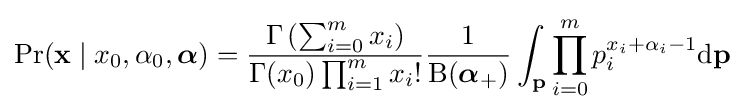
\Pr(\mathbf {x} \mid x_{0},\alpha _{0},{\boldsymbol {\alpha }})={\frac {\Gamma \left(\sum _{i=0}^{m}{x_{i}}\right)}{\Gamma (x_{0})\prod _{i=1}^{m}x_{i}!}}{\frac {1}{\mathrm {B} ({\boldsymbol {\alpha }}_{+})}}\int _{\mathbf {p} }\prod _{i=0}^{m}p_{i}^{x_{i}+\alpha _{i}-1}{\textrm {d}}\mathbf {p}